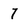
Character: 7